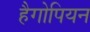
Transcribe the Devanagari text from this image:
हैगोपियन